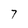
Character: 7